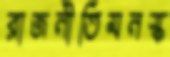
রাজনীতিমনস্ক